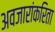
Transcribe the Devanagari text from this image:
अवजारांकरिता